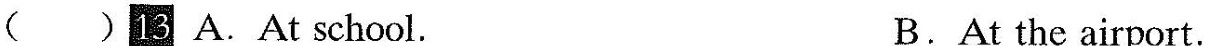
()3 A.At school. B.At the airport. C.At the fruit stand.